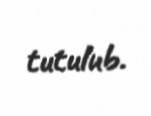
tutulub.